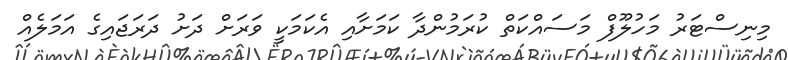
މިނިސްޓަރު މަހުލޫފް މަސައްކަތް ކުރަމުންދާ ކަމަށާއި އެކަމަކީ ވަރަށް ދަށު ދަރަޖައިގެ އަމަލެއް